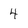
Character: 4